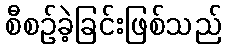
စီစဉ်ခဲ့ခြင်းဖြစ်သည်